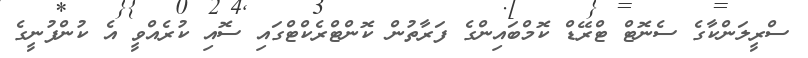
ސްރީލަންކާގެ ސެނޮޓް ޓްރޭޑް ކޮމްބައިންގެ ފަރާތުން ކޮންޓްރެކްޓްގައި ސޮއި ކުރެއްވީ އެ ކުންފުނީގެ